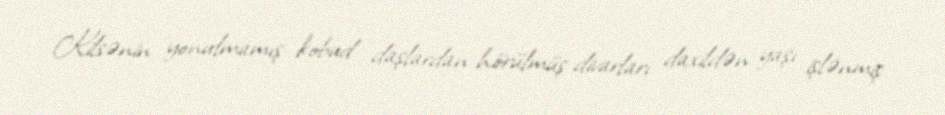
Kilsənin yonulmamış kobud daşlardan hörülmüş divarları daxildən yaşı işlənmiş